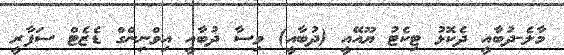
މާލެ-ދުބާއީ ދެކޮޅު ޓިކެޓު ޔޫއޭއީ (ދުބާއީ) ވިސާ ދުބާއީ އިވްނިންގް ޑެޒެޓް ސަފާރީ